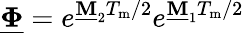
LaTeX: \underline{{\boldsymbol{\Phi}}}=e^{\mathbf{\underline{{M}}}_{2}T_{\mathrm{m}}/2}e^{\mathbf{\underline{{M}}}_{1}T_{\mathrm{m}}/2}